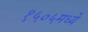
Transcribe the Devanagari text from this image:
१५०५मध्ये